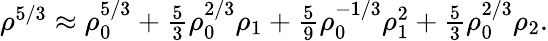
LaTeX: \begin{array}{r}{\rho^{5/3}\approx\rho_{0}^{5/3}+\frac{5}{3}\rho_{0}^{2/3}\rho_{1}+\frac{5}{9}\rho_{0}^{-1/3}\rho_{1}^{2}+\frac{5}{3}\rho_{0}^{2/3}\rho_{2}.}\end{array}